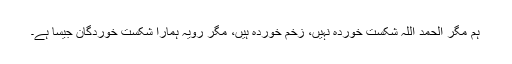
ہم مگر الحمد اللہ شکست خوردہ نہیں، زخم خوردہ ہیں، مگر رویہ ہمارا شکست خوردگان جیسا ہے۔